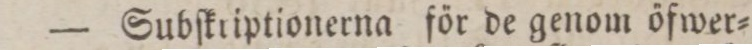
— Subſkriptionerna för de genom öfwer=